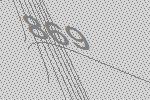
869